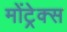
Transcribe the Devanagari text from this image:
मोंट्रेक्स